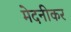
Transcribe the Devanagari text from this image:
मेदनीकर